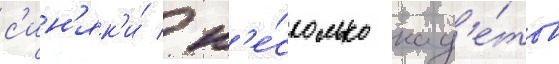
с'ин'як'и́ / н'е́сколько кад'е́тов